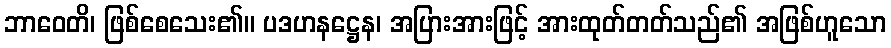
ဘာဝေတိ၊ ဖြစ်စေသေး၏။ ပဒဟနဋ္ဌေန၊ အပြားအားဖြင့် အားထုတ်တတ်သည်၏ အဖြစ်ဟူသော